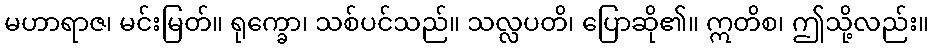
မဟာရာဇ၊ မင်းမြတ်။ ရုက္ခော၊ သစ်ပင်သည်။ သလ္လပတိ၊ ပြောဆို၏။ ဣတိစ၊ ဤသို့လည်း။